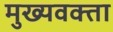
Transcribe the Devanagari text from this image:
मुख्यवक्ता